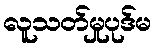
လူသတ်မှုပုဒ်မ